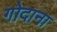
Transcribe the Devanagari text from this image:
गोदाना